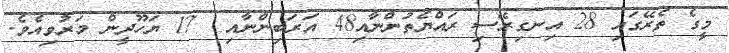
މީގެ ތެރޭގައި 28 އިނގިރޭސި ރައްޔެތުންނާއި48 އަރަބިންނާއި  17 ޔަހޫދީން މަރުވިއެވެ.